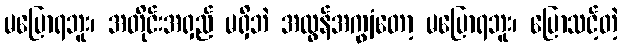
မပြောရဘူး၊ အတိုင်းအရှည် မရှိဘဲ အလွန်အကျွံတော့ မပြောရဘူး၊ ပြောသင့်တဲ့